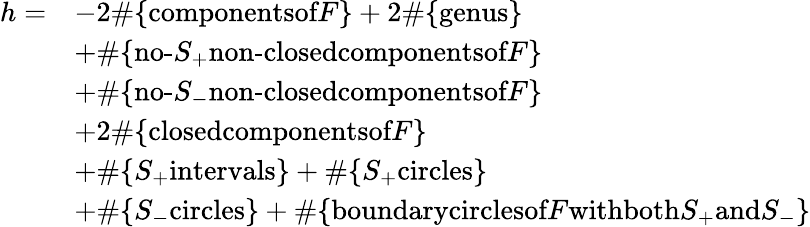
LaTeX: \begin{array}{rl}{h=}&{-2\# \{ \textrm{componentsof}F\} +2\# \{ \textrm{genus}\} }\\ &{+\# \{ \textrm{no-}S_{+}\textrm{non-closedcomponentsof}F\} }\\ &{+\# \{ \textrm{no-}S_{-}\textrm{non-closedcomponentsof}F\} }\\ &{+2\# \{ \textrm{closedcomponentsof}F\} }\\ &{+\# \{ S_{+}\textrm{intervals}\} +\# \{ S_{+}\textrm{circles}\} }\\ &{+\# \{ S_{-}\textrm{circles}\} +\# \{ \textrm{boundarycirclesof}F\textrm{withboth}S_{+}\textrm{and}S_{-}\} }\end{array}